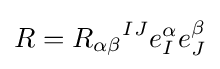
R={R_{\alpha \beta }}^{IJ}e_{I}^{\alpha }e_{J}^{\beta }